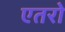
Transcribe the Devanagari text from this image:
एतरो